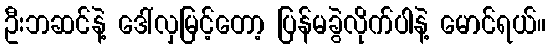
ဦးဘဆင်နဲ့ ဒေါ်လှမြင့်တော့ ပြန်မခွဲလိုက်ပါနဲ့ မောင်ရယ်။